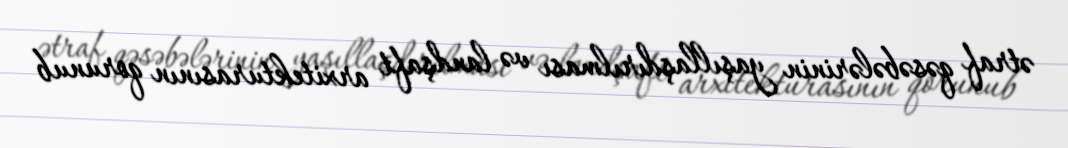
ətraf qəsəbələrinin yaşıllaşdırılması və landşaft arxitekturasının qorunub